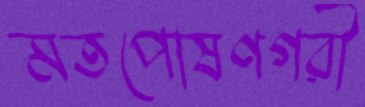
মতপোষণগরী